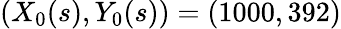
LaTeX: (X_{0}(s),Y_{0}(s))=(1000,392)